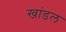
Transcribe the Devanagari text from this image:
खांडल